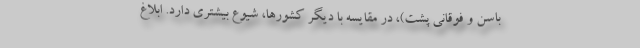
باسن و فوقانی پشت)، در مقایسه با دیگر کشورها، شیوع بیشتری دارد. ابلاغ